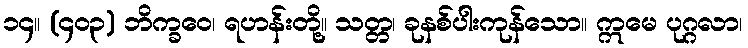
၁၄။ (၄၀၃) ဘိက္ခဝေ၊ ရဟန်းတို့။ သတ္တ၊ ခုနစ်ပါးကုန်သော။ ဣမေ ပုဂ္ဂလာ၊